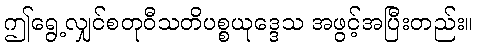
ဤရွေ့လျှင်စတုဝီသတိပစ္စယုဒ္ဒေသ အဖွင့်အပြီးတည်း။